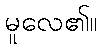
မူလေ၏။